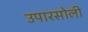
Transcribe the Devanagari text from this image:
उपारसोली